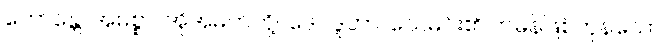
ဘောန္တောအမစ္စာ၊ အိုအမတ်တို့။ ဒေဝဒူတာ၊ သေမင်း၏ တမန်ဖြစ်ကုန်သော။